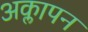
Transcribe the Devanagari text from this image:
अक्लापन